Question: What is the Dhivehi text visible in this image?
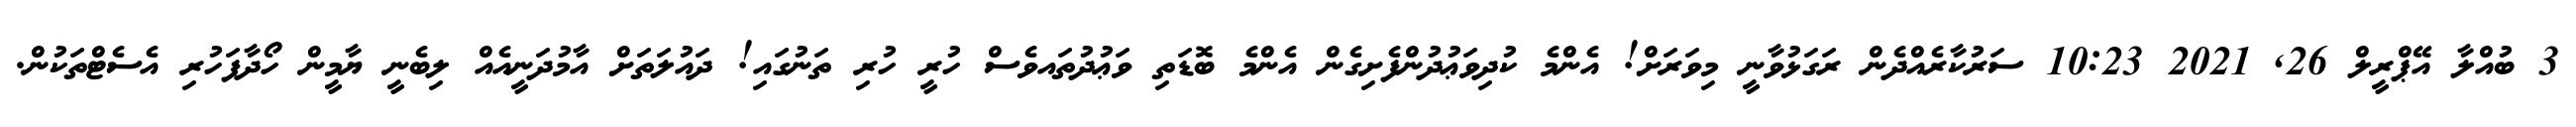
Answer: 3 ބުއްލާ އޭޕްރީލް 26, 2021 10:23 ސަރުކާރެއްދެން ރަގަޅުވާނީ މިވަރަށް! އެންމެ ކުދިވަޢުދުންފެށިގެން އެންމެ ބޮޑަތި ވަޢުދުތައވެސް ހުރީ ހުރި ތަނުގައި! ދައުލަތަށް އާމުދަނީއެއް ލިބެނީ ޔާމީން ހޯދާފަހުރި އެސެޓްތަކުން.